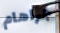
جراهام